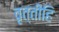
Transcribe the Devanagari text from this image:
वृत्तीहि